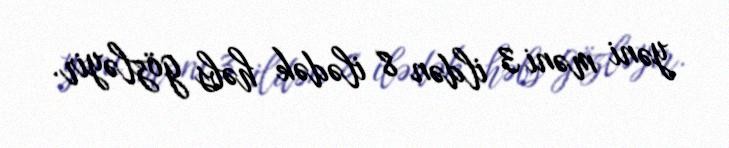
yəni məni 3 ildən 8 ilədək həbs gözləyir.